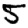
Digit: 5